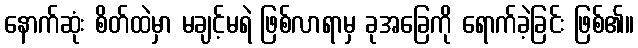
နောက်ဆုံး စိတ်ထဲမှာ မချင့်မရဲ ဖြစ်လာရာမှ ခုအခြေကို ရောက်ခဲ့ခြင်း ဖြစ်၏။